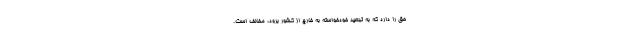
حق را دارد که به تبعید خودخواسته به خارج از کشور برود، مخالف است.